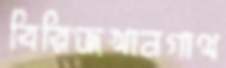
বিরিজখানগাথ